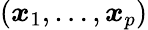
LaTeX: (\boldsymbol{x}_{1},\ldots,\boldsymbol{x}_{p})